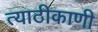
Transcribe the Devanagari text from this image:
त्याठीकाणी